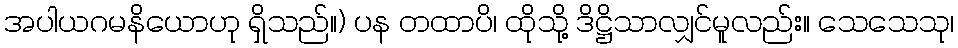
အပါယဂမနိယောဟု ရှိသည်။) ပန တထာပိ၊ ထိုသို့ ဒိဋ္ဌိသာလျှင်မူလည်း။ သေသေသု၊